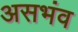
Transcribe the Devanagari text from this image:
असभंव